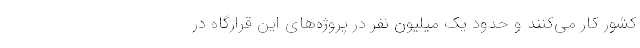
کشور کار می‌کنند و حدود یک میلیون نفر در پروژه‌های این قرارگاه در